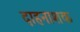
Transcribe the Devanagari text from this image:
दाहनाशक